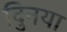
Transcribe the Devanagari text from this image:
दुिनया